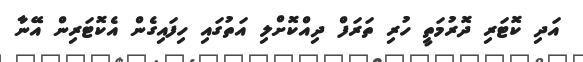
އަދި ކޮޓަރި ދޮރުމަތީ ހުރި ތަރަފް ދިއްކޮށްލި އަތުގައި ހިފައިގެން އެކޮޓަރިން އޭނާ